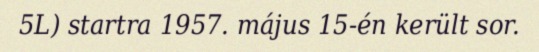
5L) startra 1957. május 15-én került sor.